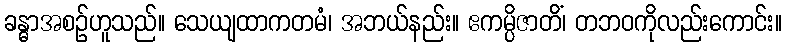
ခန္ဓာအစဉ်ဟူသည်။ သေယျထာကတမံ၊ အဘယ်နည်း။ ဧကမ္ပိဇာတိံ၊ တဘဝကိုလည်းကောင်း။